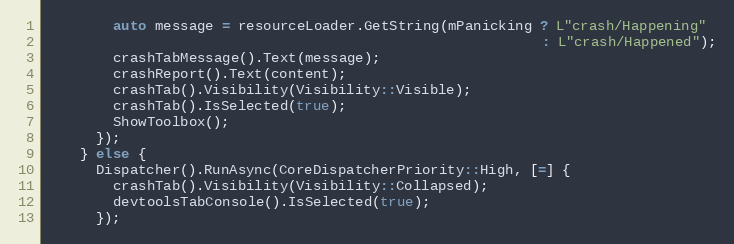
Language: C++
        auto message = resourceLoader.GetString(mPanicking ? L"crash/Happening"
                                                           : L"crash/Happened");
        crashTabMessage().Text(message);
        crashReport().Text(content);
        crashTab().Visibility(Visibility::Visible);
        crashTab().IsSelected(true);
        ShowToolbox();
      });
    } else {
      Dispatcher().RunAsync(CoreDispatcherPriority::High, [=] {
        crashTab().Visibility(Visibility::Collapsed);
        devtoolsTabConsole().IsSelected(true);
      });